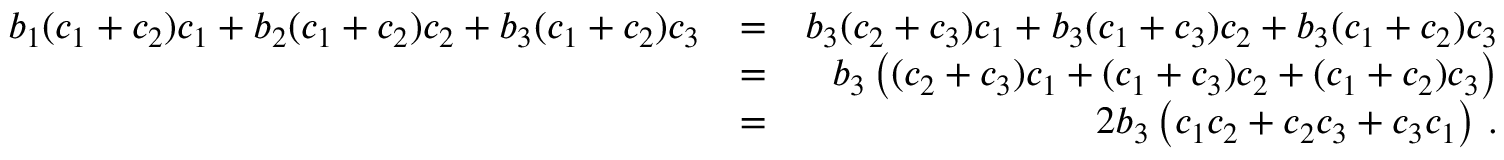
\begin{array} { r l r } { b _ { 1 } ( c _ { 1 } + c _ { 2 } ) c _ { 1 } + b _ { 2 } ( c _ { 1 } + c _ { 2 } ) c _ { 2 } + b _ { 3 } ( c _ { 1 } + c _ { 2 } ) c _ { 3 } } & { = } & { b _ { 3 } ( c _ { 2 } + c _ { 3 } ) c _ { 1 } + b _ { 3 } ( c _ { 1 } + c _ { 3 } ) c _ { 2 } + b _ { 3 } ( c _ { 1 } + c _ { 2 } ) c _ { 3 } } \\ & { = } & { b _ { 3 } \left( ( c _ { 2 } + c _ { 3 } ) c _ { 1 } + ( c _ { 1 } + c _ { 3 } ) c _ { 2 } + ( c _ { 1 } + c _ { 2 } ) c _ { 3 } \right) } \\ & { = } & { 2 b _ { 3 } \left( c _ { 1 } c _ { 2 } + c _ { 2 } c _ { 3 } + c _ { 3 } c _ { 1 } \right) \, . } \end{array}